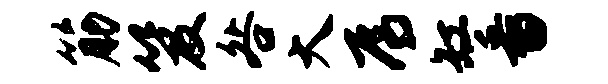
筋笈咎大焉缸番